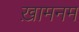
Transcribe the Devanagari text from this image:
ख़ामनम